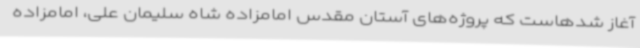
آغاز شدهاست که پروژه‌های آستان مقدس امامزاده شاه سلیمان علی، امامزاده